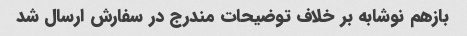
بازهم نوشابه بر خلاف توضیحات مندرج در سفارش ارسال شد